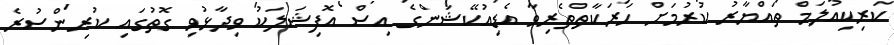
ކަރިކިއުލަމް ތައްޔާރު ކުރުމަށް ހަރަކާތްތެރިވާ އެޑިއުކޭޝަންގެ އިސް އޮފިޝަލަކު ވިދާޅުވި ގޮތުގައި ކުރިންސުރެ